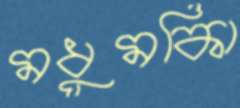
মধুমকিা